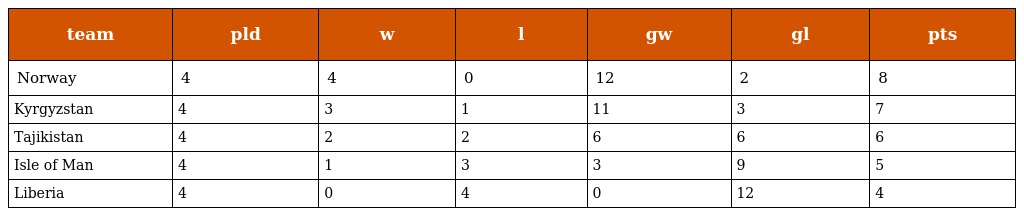
| team | pld | w | l | gw | gl | pts |
 | --- | --- | --- | --- | --- | --- | --- |
 | Norway | 4 | 4 | 0 | 12 | 2 | 8 |
 | Kyrgyzstan | 4 | 3 | 1 | 11 | 3 | 7 |
 | Tajikistan | 4 | 2 | 2 | 6 | 6 | 6 |
 | Isle of Man | 4 | 1 | 3 | 3 | 9 | 5 |
 | Liberia | 4 | 0 | 4 | 0 | 12 | 4 |